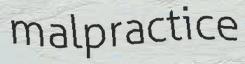
malpractice